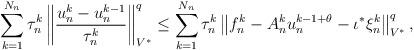
LaTeX: \begin{align*}\sum_{k=1}^{N_n}\tau^k_n\left\|\frac{u^k_n-u^{k-1}_n}{\tau^k_n}\right\|_{V^*}^q \leq \sum_{k=1}^{N_n}\tau^k_n\left\|f^k_n-A^k_n u^{k-1+\theta}_n-\iota^*\xi^k_n\right\|_{V^*}^q,\end{align*}